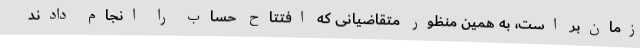
زمان‌بر است، به همین منظور متقاضیانی که افتتاح حساب را انجام دادند